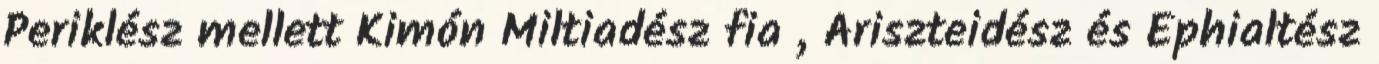
Periklész mellett Kimón Miltiadész fia , Ariszteidész és Ephialtész